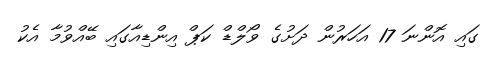
ގައި އޮންނަ 17 އަހަރުން ދަށުގެ ވޯލްޑް ކަޕް އިންޑިއާގައި ބޭއްވުމާ އެކު